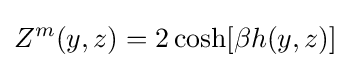
Z^{m}(y,z)=2\cosh[\beta {h(y,z)}]